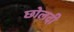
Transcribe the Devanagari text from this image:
छोलदी